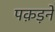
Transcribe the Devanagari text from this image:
पक़ड़ने